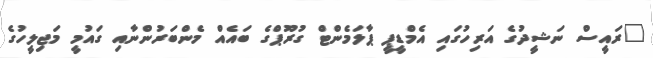
"ރައީސް ނަޝީދުގެ އަރިހުގައި އެމްޑީޕީ ޕާލަމެންޓް ގުރޫޕްގެ ބައެއް މެންބަރުންނާއި ގައުމީ މަޖިލީހުގެ